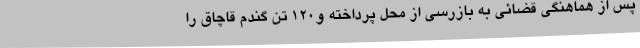
پس از هماهنگی قضائی به بازرسی از محل پرداخته و120 تن گندم قاچاق را